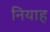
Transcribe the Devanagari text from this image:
नियाह